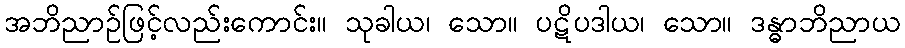
အဘိညာဉ်ဖြင့်လည်းကောင်း။ သုခါယ၊ သော။ ပဋိပဒါယ၊ သော။ ဒန္ဓာဘိညာယ